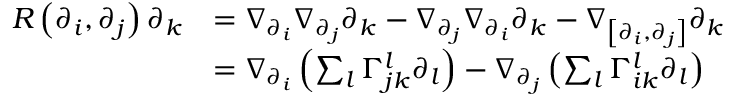
\begin{array} { r l } { R \left( \partial _ { i } , \partial _ { j } \right) \partial _ { k } } & { = \nabla _ { \partial _ { i } } \nabla _ { \partial _ { j } } \partial _ { k } - \nabla _ { \partial _ { j } } \nabla _ { \partial _ { i } } \partial _ { k } - \nabla _ { \left[ \partial _ { i } , \partial _ { j } \right] } \partial _ { k } \mathrm { \ \ \ \ \ \ \ \ \ \ \ \ \ \ \ \ \ \ \ \ \ \ \ \ \ \ \ \ \ \ \ \ \ \ \ \ \ \ \ \ \ \ \ \ \ \ \ \ \ \ \ \ \ } } \\ & { = \nabla _ { \partial _ { i } } \left( \sum _ { l } \Gamma _ { j k } ^ { l } \partial _ { l } \right) - \nabla _ { \partial _ { j } } \left( \sum _ { l } \Gamma _ { i k } ^ { l } \partial _ { l } \right) } \end{array}